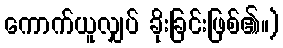
ကောက်ယူလျှပ် ခိုးခြင်းဖြစ်၏။)